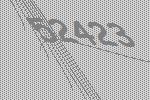
52423